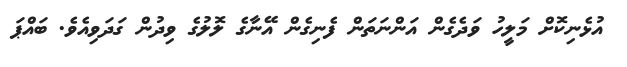
އުޅެނިކޮށް މަލީހު ވަދެގެން އަންނަތަން ފެނިގެން އޭނާގެ ލޮލުގެ ވިދުން ގަދަވިއެވެ. ބައްޕަ